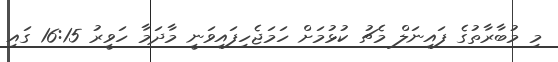
މި މުބާރާތުގެ ފައިނަލް މެޗު ކުޅުމަށް ހަމަޖެހިފައިވަނީ މާދަމާ ހަވީރު 16:15 ގައި